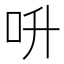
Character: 呏